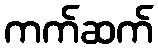
ကက်ဆက်